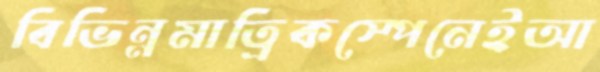
বিভিন্নমাত্রিকস্পেনেইআ